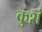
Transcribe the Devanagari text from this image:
कुशं